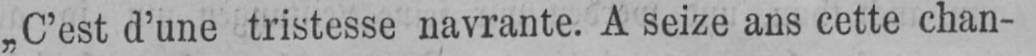
„C’est d’une tristesse navrante. A seize ans cette chan-